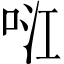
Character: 𭇮